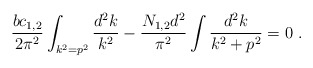
\begin{align*}{bc_{1,2}\over 2\pi^2}\int_{k^2=p^2} {d^2 k\over k^2}-{N_{1,2}d^2\over\pi^2} \int {d^2 k\over{k^2+p^2}}=0~.\end{align*}